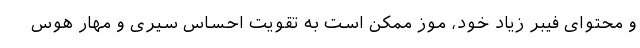
و محتوای فیبر زیاد خود، موز ممکن است به تقویت احساس سیری و مهار هوس